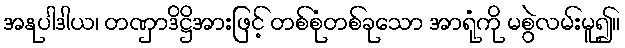
အနုပါဒါယ၊ တဏှာဒိဋ္ဌိအားဖြင့် တစ်စုံတစ်ခုသော အာရုံကို မစွဲလမ်းမူ၍။